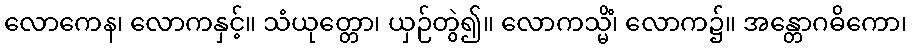
လောကေန၊ လောကနှင့်။ သံယုတ္တော၊ ယှဉ်တွဲ၍။ လောကသ္မိံ၊ လောက၌။ အန္တောဂဓိကော၊